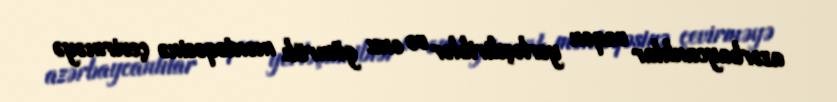
azərbaycanlılar vaqon yerləşdiriblər və onu gömrük məntəqəsinə çevirməyə